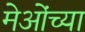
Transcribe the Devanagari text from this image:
मेओंच्या